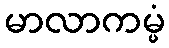
မာလာကမ္မံ